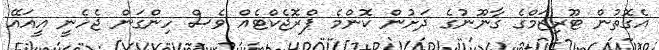
އެގޮތުން ޓޫރިޒަމްގެ ގާނޫނުގެ ދަށުން ކޮންމެ ޕްރޮޖެކްޓެއް ވެސް ހިންގަން ޖެހެނީ އީއައޭ